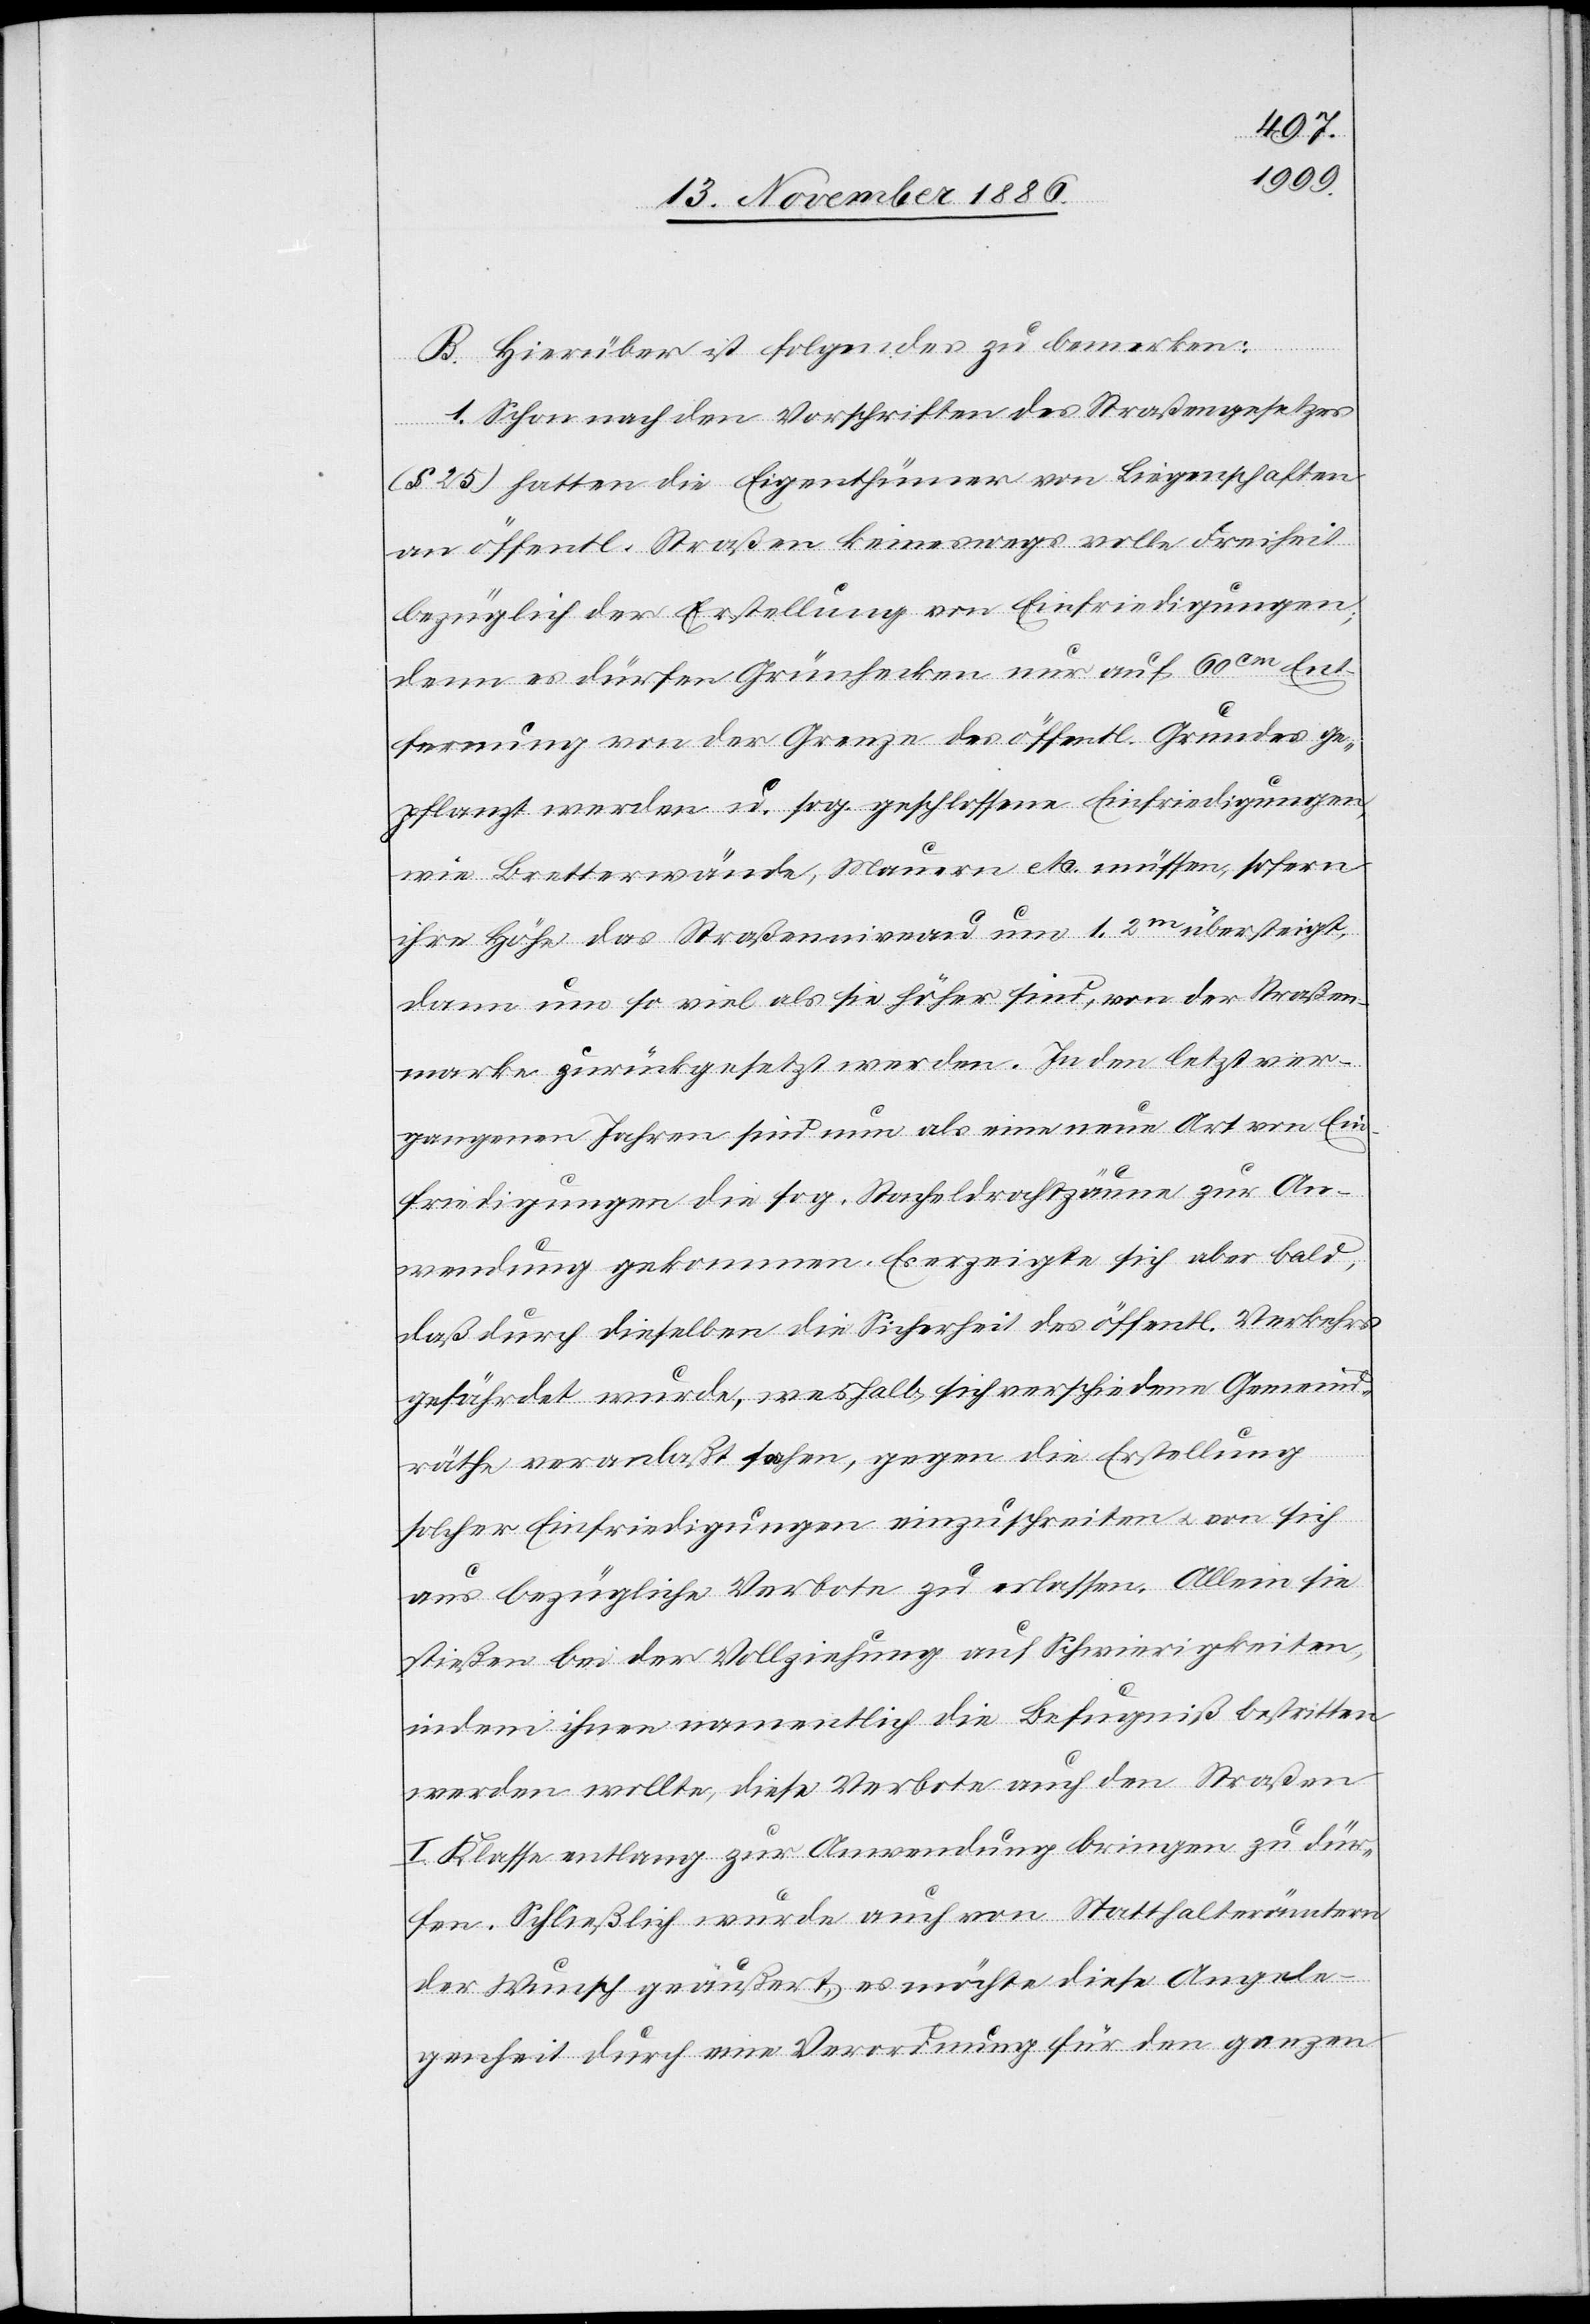
B. Hierüber ist folgendes zu bemerken:
1. Schon nach den Vorschriften des Straßengesetzes
(§ 25) hatten die Eigenthümer von Liegenschaften
an öffentl. Straßen keineswegs volle Freiheit
bezüglich der Erstellung von Einfriedigungen;
denn es dürfen Grünhecken nur auf 60cm Ent¬
fernung von der Grenze des öffentl. Grundes ge¬
pflanzt werden u. sog. geschlossene Einfriedigungen,
wie Bretterwände, Mauern etc. müssen, sofern
ihre Höhe das Straßenniveau um 1.2m übersteigt,
dann um so viel als sie höher sind, von der Straßen¬
marke zurückgesetzt werden. In den letztver¬
gangenen Jahren sind nun als eine neue Art von Ein¬
friedigungen die sog. Stacheldrahtzäune zur An¬
wendung gekommen. Es erzeigte sich aber bald,
daß durch dieselben die Sicherheit des öffentl. Verkehrs
gefährdet wurde, weshalb sich verschiedene Gemeind¬
räthe veranlaßt sahen, gegen die Erstellung
solcher Einfriedigungen einzuschreiten & von sich
aus bezügliche Verbote zu erlassen. Allein sie
stießen bei der Vollziehung auf Schwierigkeiten,
indem ihnen namentlich die Befugniß bestritten
werden wollte, diese Verbote auch den Straßen
I. Klasse entlang zur Anwendung bringen zu dür¬
fen. Schließlich wurde auch von Statthalterämtern
der Wunsch geäußert, es möchte diese Angele¬
genheit durch eine Verordnung für den ganzen